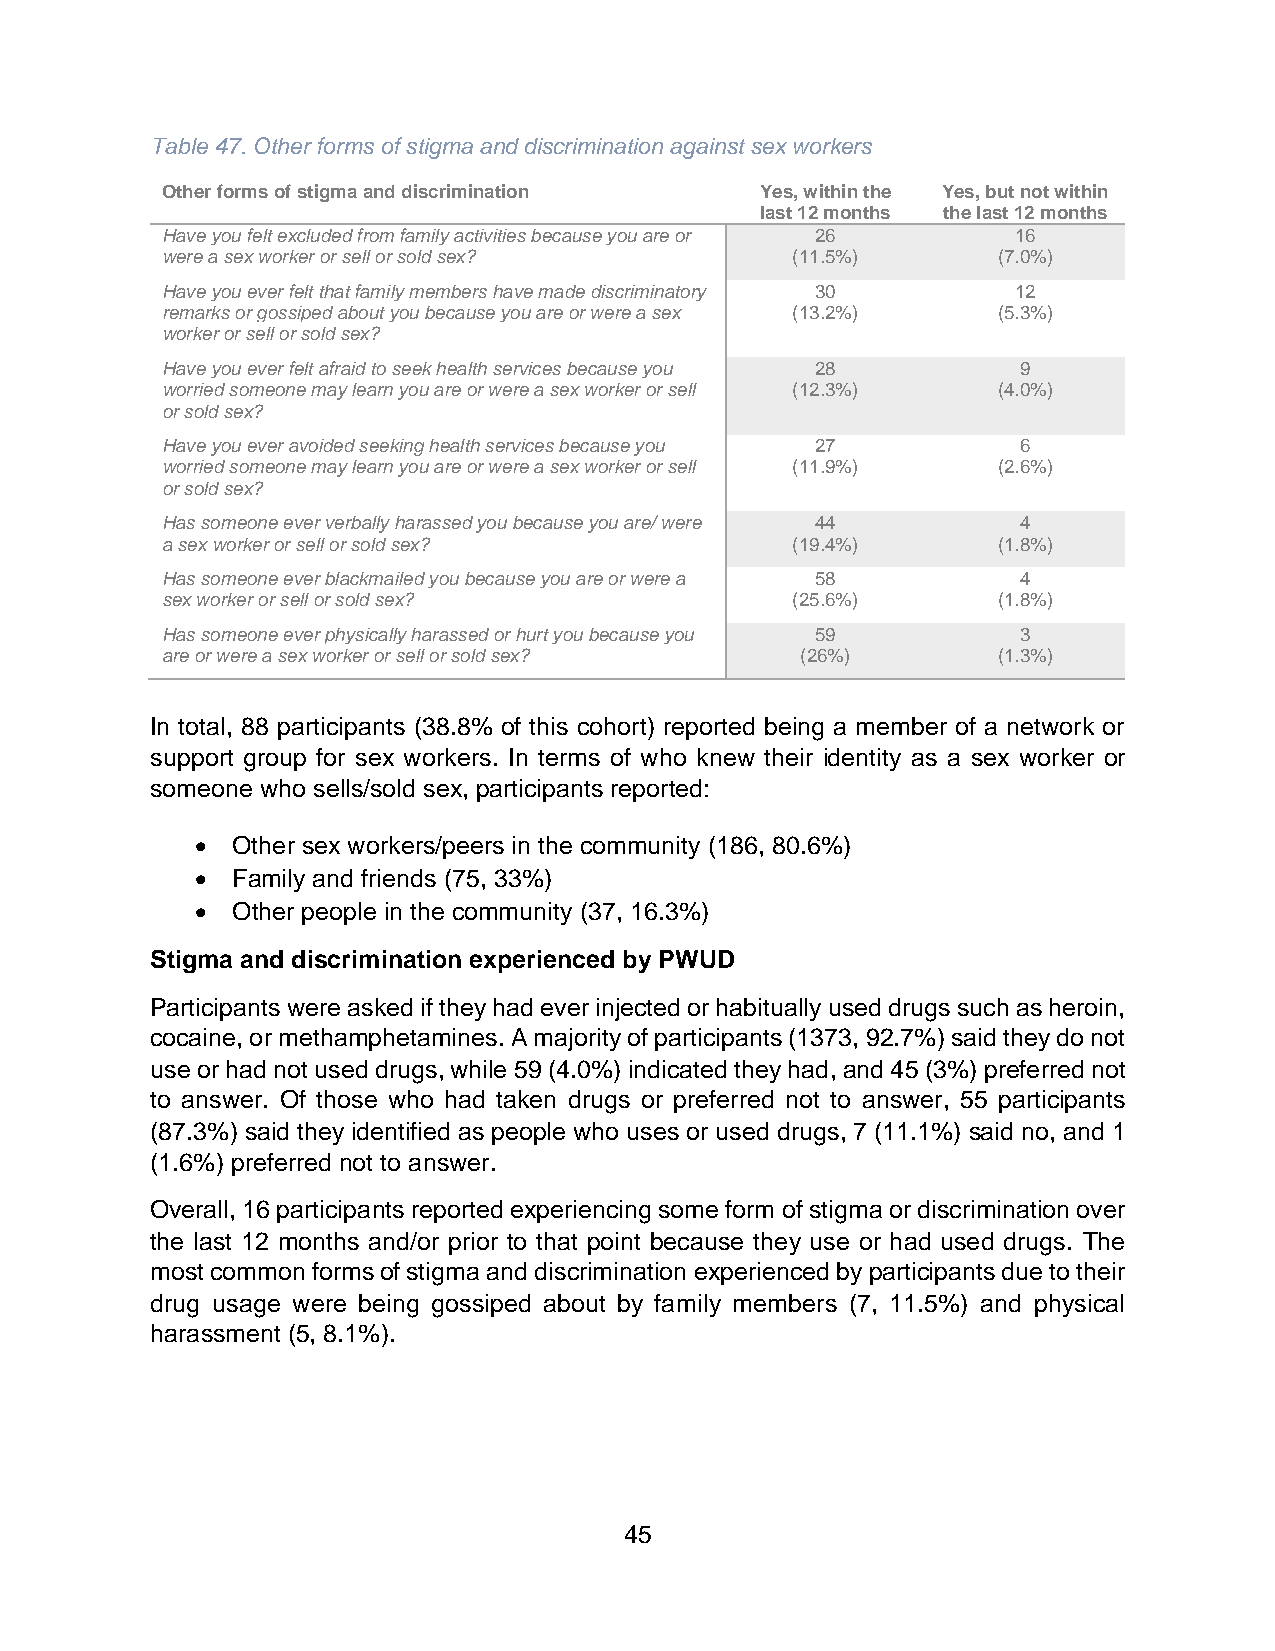
Table 47. Other forms of stigma and discrimination against sex workers
 Other forms of stigma and discrimination Yes, within the Yes, but not within
 last 12 months the last 12 months
 Have you felt excluded from family activities because you are or 26 16
 were a sex worker or sell or sold sex?   (11.5%)       (7.0%)
 Have you ever felt that family members have made discriminatory 30 12
 remarks or gossiped about you because you are or were a sex (13.2%) (5.3%)
 worker or sell or sold sex?
 Have you ever felt afraid to seek health services because you 28 9
 worried someone may learn you are or were a sex worker or sell (12.3%) (4.0%)
 or sold sex?
 Have you ever avoided seeking health services because you 27 6
 worried someone may learn you are or were a sex worker or sell (11.9%) (2.6%)
 or sold sex?
 Has someone ever verbally harassed you because you are/ were 44 4
 a sex worker or sell or sold sex?        (19.4%)       (1.8%)
 Has someone ever blackmailed you because you are or were a 58 4
 sex worker or sell or sold sex?          (25.6%)       (1.8%)
 Has someone ever physically harassed or hurt you because you 59 3
 are or were a sex worker or sell or sold sex? (26%)    (1.3%)
 In total, 88 participants (38.8% of this cohort) reported being a member of a network or
 support group for sex workers. In terms of who knew their identity as a sex worker or
 someone who sells/sold sex, participants reported:
 • Other sex workers/peers in the community (186, 80.6%)
 • Family and friends (75, 33%)
 • Other people in the community (37, 16.3%)
 Stigma and discrimination experienced by PWUD
 Participants were asked if they had ever injected or habitually used drugs such as heroin,
 cocaine, or methamphetamines. A majority of participants (1373, 92.7%) said they do not
 use or had not used drugs, while 59 (4.0%) indicated they had, and 45 (3%) preferred not
 to answer. Of those who had taken drugs or preferred not to answer, 55 participants
 (87.3%) said they identified as people who uses or used drugs, 7 (11.1%) said no, and 1
 (1.6%) preferred not to answer.
 Overall, 16 participants reported experiencing some form of stigma or discrimination over
 the last 12 months and/or prior to that point because they use or had used drugs. The
 most common forms of stigma and discrimination experienced by participants due to their
 drug usage were being gossiped about by family members (7, 11.5%) and physical
 harassment (5, 8.1%).
 45